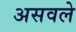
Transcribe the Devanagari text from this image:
असवले